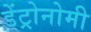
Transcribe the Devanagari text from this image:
डेंट्रोनोमी